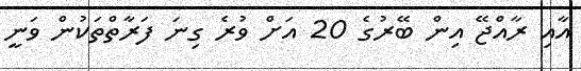
އާއި ރާއްޖޭ އިން ބޭރުގެ 20 އަށް ވުރެ ގިނަ ފަރާތްތަކުން ވަނީ